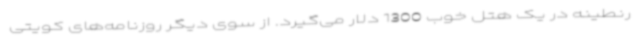
رنطینه در یک هتل خوب 1300 دلار می‌گیرد. از سوی دیگر روزنامه‌های کویتی